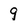
Character: 9